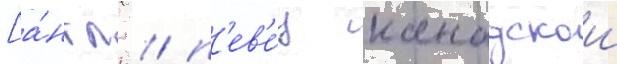
[а́нгл. / п'ев'е́ц канадскои